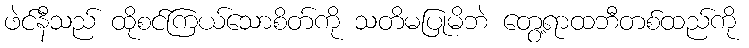
ဖဲင်နီသည် ထိုစင်ကြယ်သောစိတ်ကို သတိမပြုမိဘဲ တွေ့ရာထဘီတစ်ထည်ကို